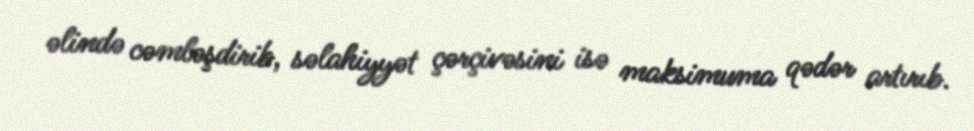
əlində cəmləşdirib, səlahiyyət çərçivəsini isə maksimuma qədər artırıb.